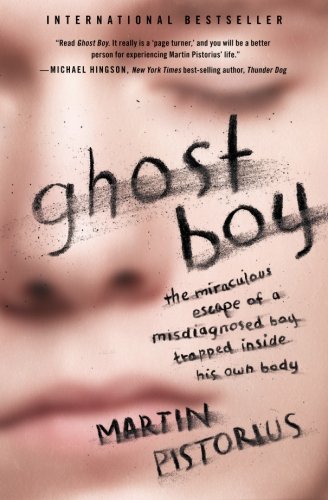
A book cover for Ghost Boy: The Miraculous Escape of a Misdiagnosed Boy Trapped Inside His Own Body; Martin Pistorius; Biographies & Memoirs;